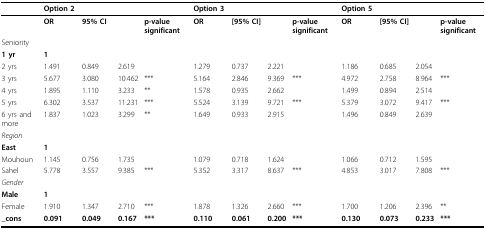
<table><thead><tr><td></td><td><b>Option 2</b></td><td></td><td></td><td></td><td><b>Option 3</b></td><td></td><td></td><td></td><td><b>Option 5</b></td><td></td><td></td><td></td></tr></thead><tbody><tr><td></td><td><b>OR</b></td><td><b>95% CI</b></td><td></td><td><b>p-value significant</b></td><td><b>OR</b></td><td><b>[95% CI]</b></td><td></td><td><b>p-value significant</b></td><td><b>OR</b></td><td><b>[95% CI]</b></td><td></td><td><b>p-value significant</b></td></tr><tr><td>Seniority</td><td></td><td></td><td></td><td></td><td></td><td></td><td></td><td></td><td></td><td></td><td></td><td></td></tr><tr><td><b>1 yr</b></td><td><b>1</b></td><td></td><td></td><td></td><td></td><td></td><td></td><td></td><td></td><td></td><td></td><td></td></tr><tr><td>2 yrs</td><td>1.491</td><td>0.849</td><td>2.619</td><td></td><td>1.279</td><td>0.737</td><td>2.221</td><td></td><td>1.186</td><td>0.685</td><td>2.054</td><td></td></tr><tr><td>3 yrs</td><td>5.677</td><td>3.080</td><td>10.462</td><td>***</td><td>5.164</td><td>2.846</td><td>9.369</td><td>***</td><td>4.972</td><td>2.758</td><td>8.964</td><td>***</td></tr><tr><td>4 yrs</td><td>1.895</td><td>1.110</td><td>3.233</td><td>**</td><td>1.578</td><td>0.935</td><td>2.662</td><td></td><td>1.499</td><td>0.894</td><td>2.514</td><td></td></tr><tr><td>5 yrs</td><td>6.302</td><td>3.537</td><td>11.231</td><td>***</td><td>5.524</td><td>3.139</td><td>9.721</td><td>***</td><td>5.379</td><td>3.072</td><td>9.417</td><td>***</td></tr><tr><td>6 yrs and more</td><td>1.837</td><td>1.023</td><td>3.299</td><td>**</td><td>1.649</td><td>0.933</td><td>2.915</td><td></td><td>1.496</td><td>0.849</td><td>2.639</td><td></td></tr><tr><td><i>Region</i></td><td></td><td></td><td></td><td></td><td></td><td></td><td></td><td></td><td></td><td></td><td></td><td></td></tr><tr><td><b>East</b></td><td><b>1</b></td><td></td><td></td><td></td><td></td><td></td><td></td><td></td><td></td><td></td><td></td><td></td></tr><tr><td>Mouhoun</td><td>1.145</td><td>0.756</td><td>1.735</td><td></td><td>1.079</td><td>0.718</td><td>1.624</td><td></td><td>1.066</td><td>0.712</td><td>1.595</td><td></td></tr><tr><td>Sahel</td><td>5.778</td><td>3.557</td><td>9.385</td><td>***</td><td>5.352</td><td>3.317</td><td>8.637</td><td>***</td><td>4.853</td><td>3.017</td><td>7.808</td><td>***</td></tr><tr><td><i>Gender</i></td><td></td><td></td><td></td><td></td><td></td><td></td><td></td><td></td><td></td><td></td><td></td><td></td></tr><tr><td><b>Male</b></td><td><b>1</b></td><td></td><td></td><td></td><td></td><td></td><td></td><td></td><td></td><td></td><td></td><td></td></tr><tr><td>Female</td><td>1.910</td><td>1.347</td><td>2.710</td><td>***</td><td>1.878</td><td>1.326</td><td>2.660</td><td>***</td><td>1.700</td><td>1.206</td><td>2.396</td><td>**</td></tr><tr><td><b>_cons</b></td><td><b>0.091</b></td><td><b>0.049</b></td><td><b>0.167</b></td><td><b>***</b></td><td><b>0.110</b></td><td><b>0.061</b></td><td><b>0.200</b></td><td><b>***</b></td><td><b>0.130</b></td><td><b>0.073</b></td><td><b>0.233</b></td><td><b>***</b></td></tr></tbody></table>